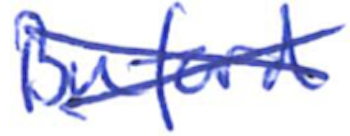
Text: Buford
Cross-out: cross
Writing tool: ballpoint